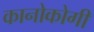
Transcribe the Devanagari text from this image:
कानोकोगी